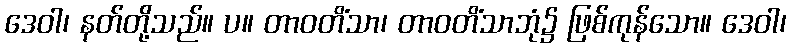
ဒေဝါ၊ နတ်တို့သည်။ ပ။ တာဝတိံသာ၊ တာဝတိံသာဘုံ၌ ဖြစ်ကုန်သော။ ဒေဝါ၊